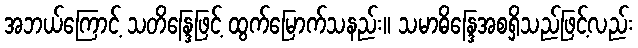
အဘယ်ကြောင့် သတိန္ဒြေဖြင့် ထွက်မြောက်သနည်း။ သမာဓိန္ဒြေအစရှိသည်ဖြင့်လည်း